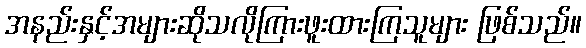
အနည်းနှင့်အများဆိုသလိုကြားဖူးထားကြသူများ ဖြစ်သည်။